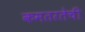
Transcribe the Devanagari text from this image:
कमतरतेची